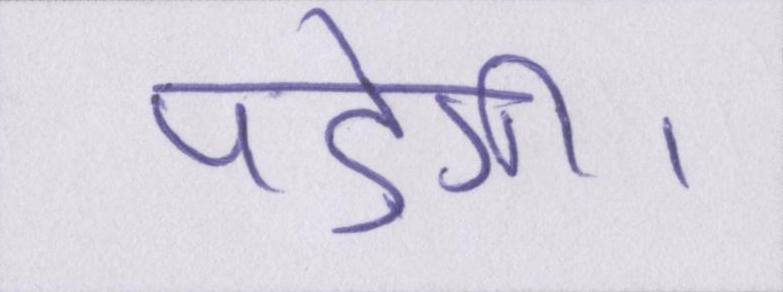
पड़ेगी।